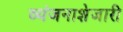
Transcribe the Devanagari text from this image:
व्यंजनाशेजारी